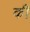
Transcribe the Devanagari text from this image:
की